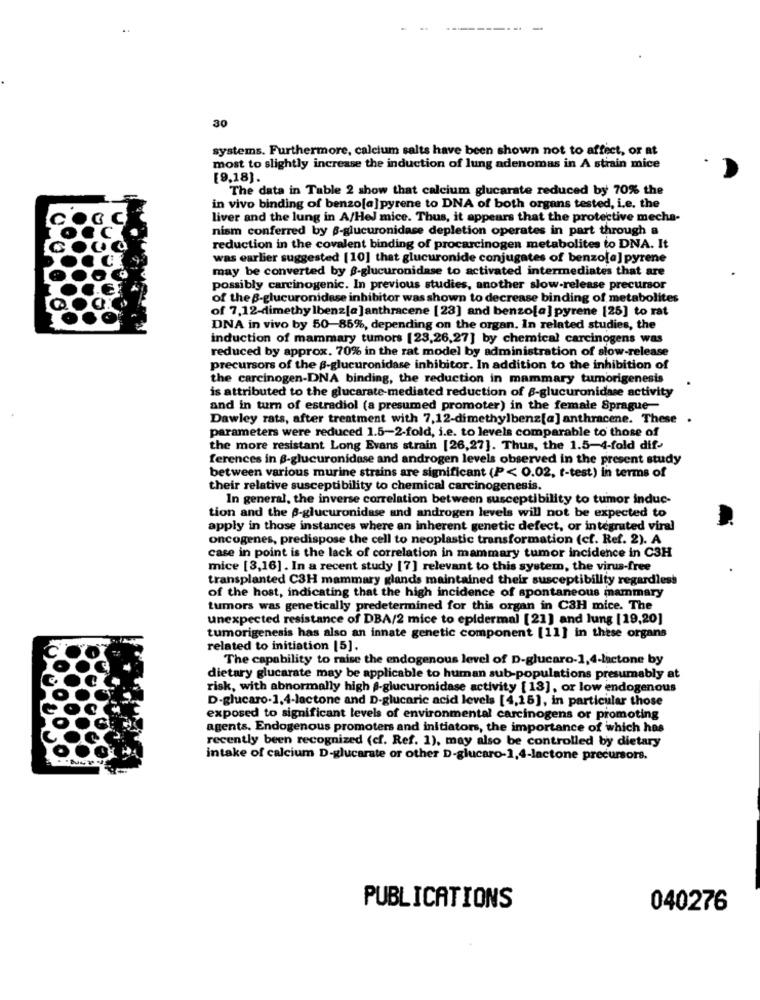
------
-
30
systems. Furthermore, calcium salts have been shown not to affect, or at
most to slightly increase the induction of lung adenomas in A strain mice
[9,18).
The data in Table 2 show that calcium glucarate reduced by 70% the
in vivo binding of benzo[a] pyrene to DNA of both organs tested, i.e. the
liver and the lung in A/Hel mice. Thus, it appears that the protective mecha-
nism conferred by -glucuronidase depletion operates in part through a
reduction in the covalent binding of procarcinogen metabolites to DNA. It
was earlier suggested [10] that glucuronide conjugates of benzo[a] pyrene
may be converted by -glucuronidase to activated intermediates that are
possibly carcinogenic. In previous studies, another slow-release precursor
of the B-glucuronidase inhibitor was shown to decrease binding of metabolites
of 7,12-dimethy lbenz[a ]anthracene [23] and benzo[a] pyrene [25] to rat
DNA in vivo by 50-85%, depending on the organ. In related studies, the
induction of mammary tumors [23,26,27] by chemical carcinogens was
reduced by approx. 70% in the rat model by administration of slow-release
precursors of the B-glucuronidase inhibitor. In addition to the inhibition of
the carcinogen-DNA binding, the reduction in mammary tumorigenesis
is attributed to the glucarate-mediated reduction of 8-glucuronidase activity
and in turn of estradiol (a presumed promoter) in the female Sprague-
Dawley rats, after treatment with 7,12-dimethylbenz[a] anthracene. These .
parameters were reduced 1.5-2-fold, i.e. to levels comparable to those of
the more resistant Long Evans strain [26,27]. Thus, the 1.5-4-fold dif-
ferences in 8-glucuronidase and androgen levels observed in the present study
between various murine strains are significant (P< 0.02, r-test) in terms of
their relative susceptibility to chemical carcinogenesis.
In general, the inverse correlation between susceptibility to tumor induc-
tion and the -glucuronidase and androgen levels will not be expected to
apply in those instances where an inherent genetic defect, or integrated viral
oncogenes, predispose the cell to neoplastic transformation (cf. Ref. 2). A
case in point is the lack of correlation in mammary tumor incidence in C3H
mice [3,16]. In a recent study [7] relevant to this system, the virus-free
transplanted C3H mammary glands maintained their susceptibility regardless
of the host, indicating that the high incidence of spontaneous mammary
tumors was genetically predetermined for this organ in C3H mice. The
unexpected resistance of DBA/2 mice to epidermal [21] and lung [19,20]
tumorigenesis has also an innate genetic component [11] in these organs
related to initiation [5].
The capability to raise the endogenous level of D-glucaro-1,4-lactone by
dietary glucarate may be applicable to human sub-populations presumably at
risk, with abnormally high @-glucuronidase activity [13], or low endogenous
D-glucaro-1.4-lactone and D-glucaric acid levels [4,15], in particular those
exposed to significant levels of environmental carcinogens or promoting
agents. Endogenous promoters and initiators, the importance of which has
recently been recognized (cf. Ref. 1), may also be controlled by dietary
intake of calcium D-glucarate or other D-glucaro-1,4-lactone precursors.
PUBLICATIONS
040276